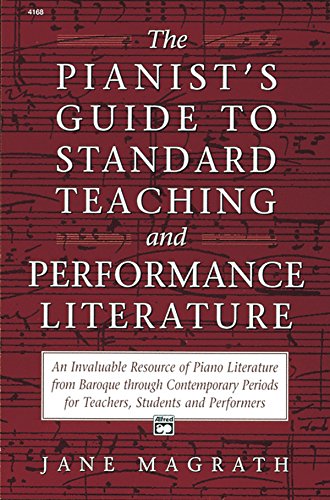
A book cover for Pianist's Guide to Standard Teaching and Performance Literature; Jane Magrath; Arts & Photography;